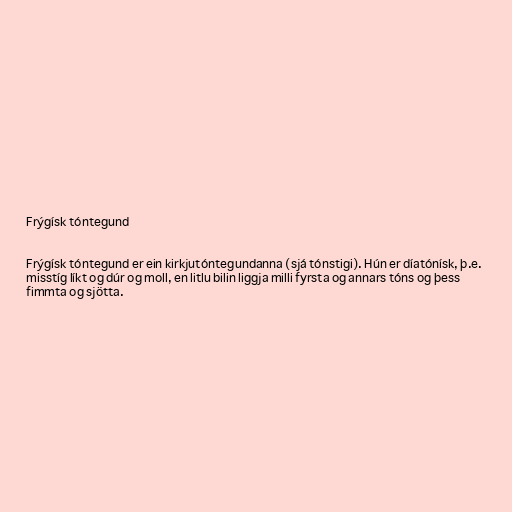
Frýgísk tóntegund

Frýgísk tóntegund er ein kirkjutóntegundanna (sjá tónstigi). Hún er díatónísk, þ.e.
misstíg líkt og dúr og moll, en litlu bilin liggja milli fyrsta og annars tóns og þess
fimmta og sjötta.